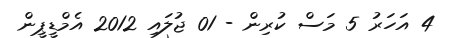
4 އަހަރު 5 މަސް ކުރިން - 01 ޖުލައި 2012 އެމްޑީޕީން